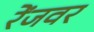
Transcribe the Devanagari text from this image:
रेंजवर